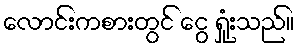
လောင်းကစားတွင် ငွေ ရှုံးသည်။